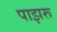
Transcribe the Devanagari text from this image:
पाझरू